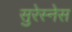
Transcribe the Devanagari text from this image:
सुरेस्नेस